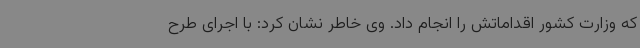
که وزارت کشور اقداماتش را انجام داد. وی خاطر نشان کرد: با اجرای طرح